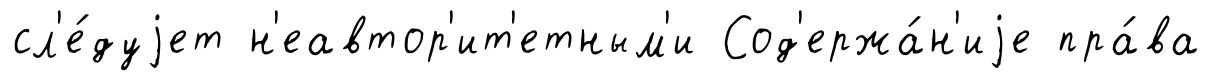
сл'е́дуjет н'еавтор'ит'етным'и Сод'ержа́н'иjе пра́ва